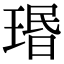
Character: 瑉